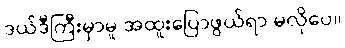
ဒယ်ဒီကြီးမှာမူ အထူးပြောဖွယ်ရာ မလိုပေ။